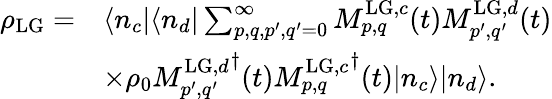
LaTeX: \begin{array}{rl}{\rho_{\mathrm{LG}}=}&{\langle n_{c}|\langle n_{d}|\sum_{p,q,p^{\prime},q^{\prime}=0}^{\infty}M_{p,q}^{\mathrm{LG},c}(t)M_{p^{\prime},q^{\prime}}^{\mathrm{LG},d}(t)}\\ &{\times\rho_{0}{M_{p^{\prime},q^{\prime}}^{\mathrm{LG},d}}^{\dagger}(t){M_{p,q}^{\mathrm{LG},c}}^{\dagger}(t)|n_{c}\rangle|n_{d}\rangle.}\end{array}